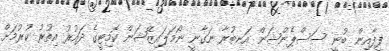
ފީފާއިން ބުނީ ސަސްޕެންޝަން އަނބުރާ ނަގާނީ ނޯމަލައިޒޭޝަން ކޮމިޓީގެ ދައުރު އިތުރު ކުރުމަށް